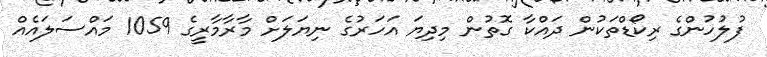
ފުލުހުންގެ ރިކޯޑްތަކުން ދައްކާ ގޮތުން މިދިޔަ އަހަރުގެ ނިޔަލަށް މާރާމާރީގެ 1059 މައްސަލައެއް